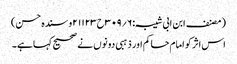
(مصنف ابن ابی شیبہ:۶؍۳۰۹ح۲۱۱۲۳و سندہ حسن)
اس اثر کو امام حاکم اور ذہبی دونوں نے صحیح کہا ہے۔